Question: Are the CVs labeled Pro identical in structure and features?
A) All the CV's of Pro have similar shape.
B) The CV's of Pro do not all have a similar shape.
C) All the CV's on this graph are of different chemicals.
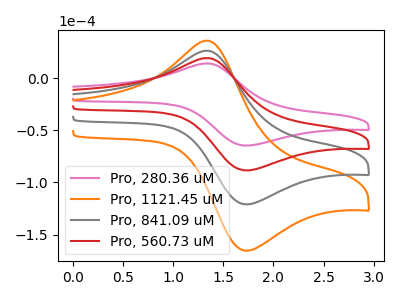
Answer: <think>The pink curve "Pro, 280.36 uM" has an anodic peak at (1.35V, 13.95uA) and a cathodic peak at (1.75V, -64.80uA). The orange curve "Pro, 1121.45 uM" has an anodic peak at (1.35V, 57.30uA) and a cathodic peak at (1.75V, -265.75uA). The gray curve "Pro, 841.09 uM" has an anodic peak at (1.35V, 38.20uA) and a cathodic peak at (1.75V, -177.15uA). The red curve "Pro, 560.73 uM" has an anodic peak at (1.35V, 19.10uA) and a cathodic peak at (1.75V, -88.60uA).
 All the peaks in "Pro, 280.36 uM" have a peak in "Pro, 1121.45 uM" at the same potential. Every peak in "Pro, 280.36 uM" is lower than every peak in "Pro, 1121.45 uM". All the peaks in "Pro, 280.36 uM" have a peak in "Pro, 841.09 uM" at the same potential. Every peak in "Pro, 280.36 uM" is lower than every peak in "Pro, 841.09 uM". All the peaks in "Pro, 280.36 uM" have a peak in "Pro, 560.73 uM" at the same potential. Every peak in "Pro, 280.36 uM" is lower than every peak in "Pro, 560.73 uM". All the peaks in "Pro, 1121.45 uM" have a peak in "Pro, 841.09 uM" at the same potential. Every peak in "Pro, 1121.45 uM" is higher than every peak in "Pro, 841.09 uM". All the peaks in "Pro, 1121.45 uM" have a peak in "Pro, 560.73 uM" at the same potential. Every peak in "Pro, 1121.45 uM" is higher than every peak in "Pro, 560.73 uM". All the peaks in "Pro, 841.09 uM" have a peak in "Pro, 560.73 uM" at the same potential. Every peak in "Pro, 841.09 uM" is higher than every peak in "Pro, 560.73 uM".</think>
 <answer>A) All the CV's of "Pro" have similar shape.</answer>
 <eval>A</eval>